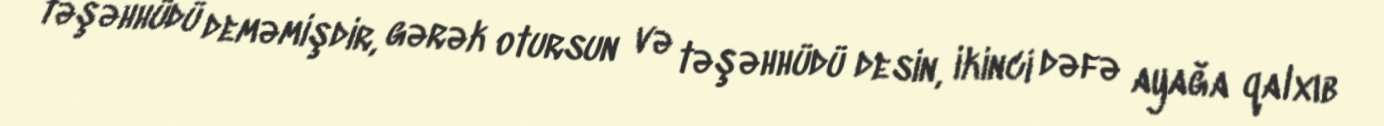
təşəhhüdü deməmişdir, gərək otursun və təşəhhüdü desin, ikinci dəfə ayağa qalxıb